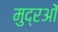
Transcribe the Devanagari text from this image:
मुद्रओं